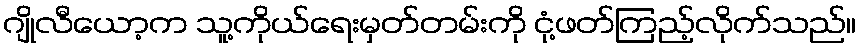
ဂျိုလီယော့က သူ့ကိုယ်ရေးမှတ်တမ်းကို ငုံ့ဖတ်ကြည့်လိုက်သည်။